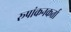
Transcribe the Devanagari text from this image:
रूपांकनकर्ता